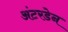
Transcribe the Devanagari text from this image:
अंटरडेन